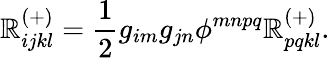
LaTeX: \mathbb{R}_{ijkl}^{(+)}=\frac{{1}}{{2}}g_{im}g_{jn}\phi^{mnpq}\mathbb{R}_{pqkl}^{(+)}.